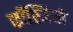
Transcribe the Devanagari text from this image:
कॉस्मियो